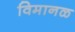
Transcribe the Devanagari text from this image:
विमानळ